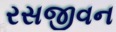
રસજીવન